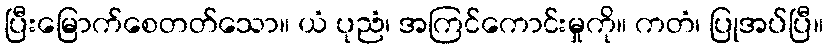
ပြီးမြောက်စေတတ်သော။ ယံ ပုညံ၊ အကြင်ကောင်းမှုကို။ ကတံ၊ ပြုအပ်ပြီ။